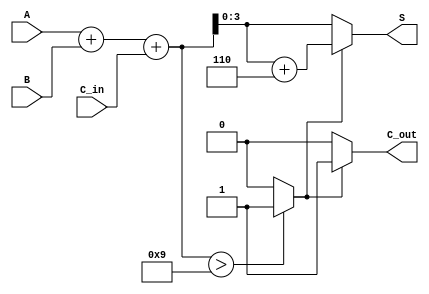
module BCD_Fast_Adder (
    input  wire [3:0] A,       // First BCD digit
    input  wire [3:0] B,       // Second BCD digit
    input  wire C_in,          // Carry input
    output reg  [3:0] S,       // BCD result
    output reg  C_out          // Carry output
);

// Intermediate signals
reg [4:0] S_bin;              // 5-bit sum to accommodate carry
reg correction_needed;         // Flag to indicate if correction is needed

always @* begin
    // Step 1: Binary addition
    S_bin = A + B + C_in;
    
    // Step 2: Check for BCD correction
    if (S_bin > 9) begin
        correction_needed = 1'b1;  // Correction needed
    end else begin
        correction_needed = 1'b0;  // No correction needed
    end

    // Step 3: Apply correction if needed
    if (correction_needed) begin
        S = S_bin + 6;  // Add 6 for correction
        C_out = 1'b1;   // Set carry out
    end else begin
        S = S_bin[3:0]; // Use the sum directly
        C_out = 1'b0;   // No carry out
    end
end

endmodule